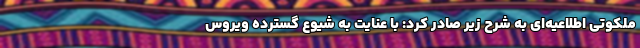
ملکوتی اطلاعیه‌ای به شرح زیر صادر کرد: با عنایت به شیوع گسترده ویروس